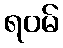
ရဝမ်